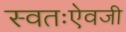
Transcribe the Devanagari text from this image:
स्वतःऐवजी